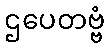
ဌပေတဗ္ဗံ